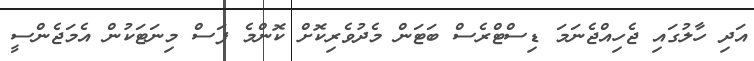
އަދި ހާލުގައި ޖެހިއްޖެނަމަ ޑިސްޓްރެސް ބަޓަން މެދުވެރިކޮށް ކޮންމެ ފަސް މިނަޓަކުން އެމަޖެންސީ